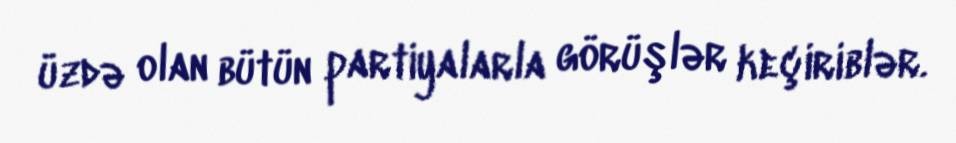
üzdə olan bütün partiyalarla görüşlər keçiriblər.